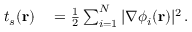
\begin{array} { r l } { t _ { s } ( \mathbf { r } ) } & { { } = \frac { 1 } { 2 } \sum _ { i = 1 } ^ { N } | \nabla \phi _ { i } ( \mathbf { r } ) | ^ { 2 } \, . } \end{array}